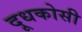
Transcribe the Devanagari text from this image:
दूधकोसी